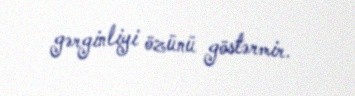
gərginliyi özünü göstərmir.